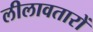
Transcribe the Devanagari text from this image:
लीलावतारों